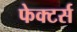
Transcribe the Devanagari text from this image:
फेक्टर्स